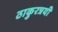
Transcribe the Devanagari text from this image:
ठाकुरत्रयी